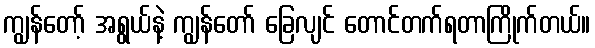
ကျွန်တော့် အရွယ်နဲ့ ကျွန်တော် ခြေလျင် တောင်တက်ရတာကြိုက်တယ်။